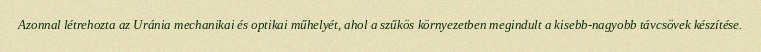
Azonnal létrehozta az Uránia mechanikai és optikai műhelyét, ahol a szűkös környezetben megindult a kisebb-nagyobb távcsövek készítése.